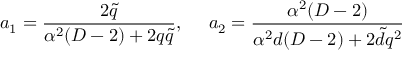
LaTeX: a _ { 1 } = \frac { 2 \tilde { q } } { \alpha ^ { 2 } ( D - 2 ) + 2 q \tilde { q } } , ~ ~ ~ ~ a _ { 2 } = \frac { \alpha ^ { 2 } ( D - 2 ) } { \alpha ^ { 2 } d ( D - 2 ) + 2 \tilde { d } q ^ { 2 } }